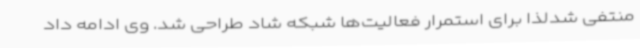
منتفی شدلذا برای استمرار فعالیت‌ها شبکه شاد طراحی شد. وی ادامه داد